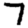
Digit: 7